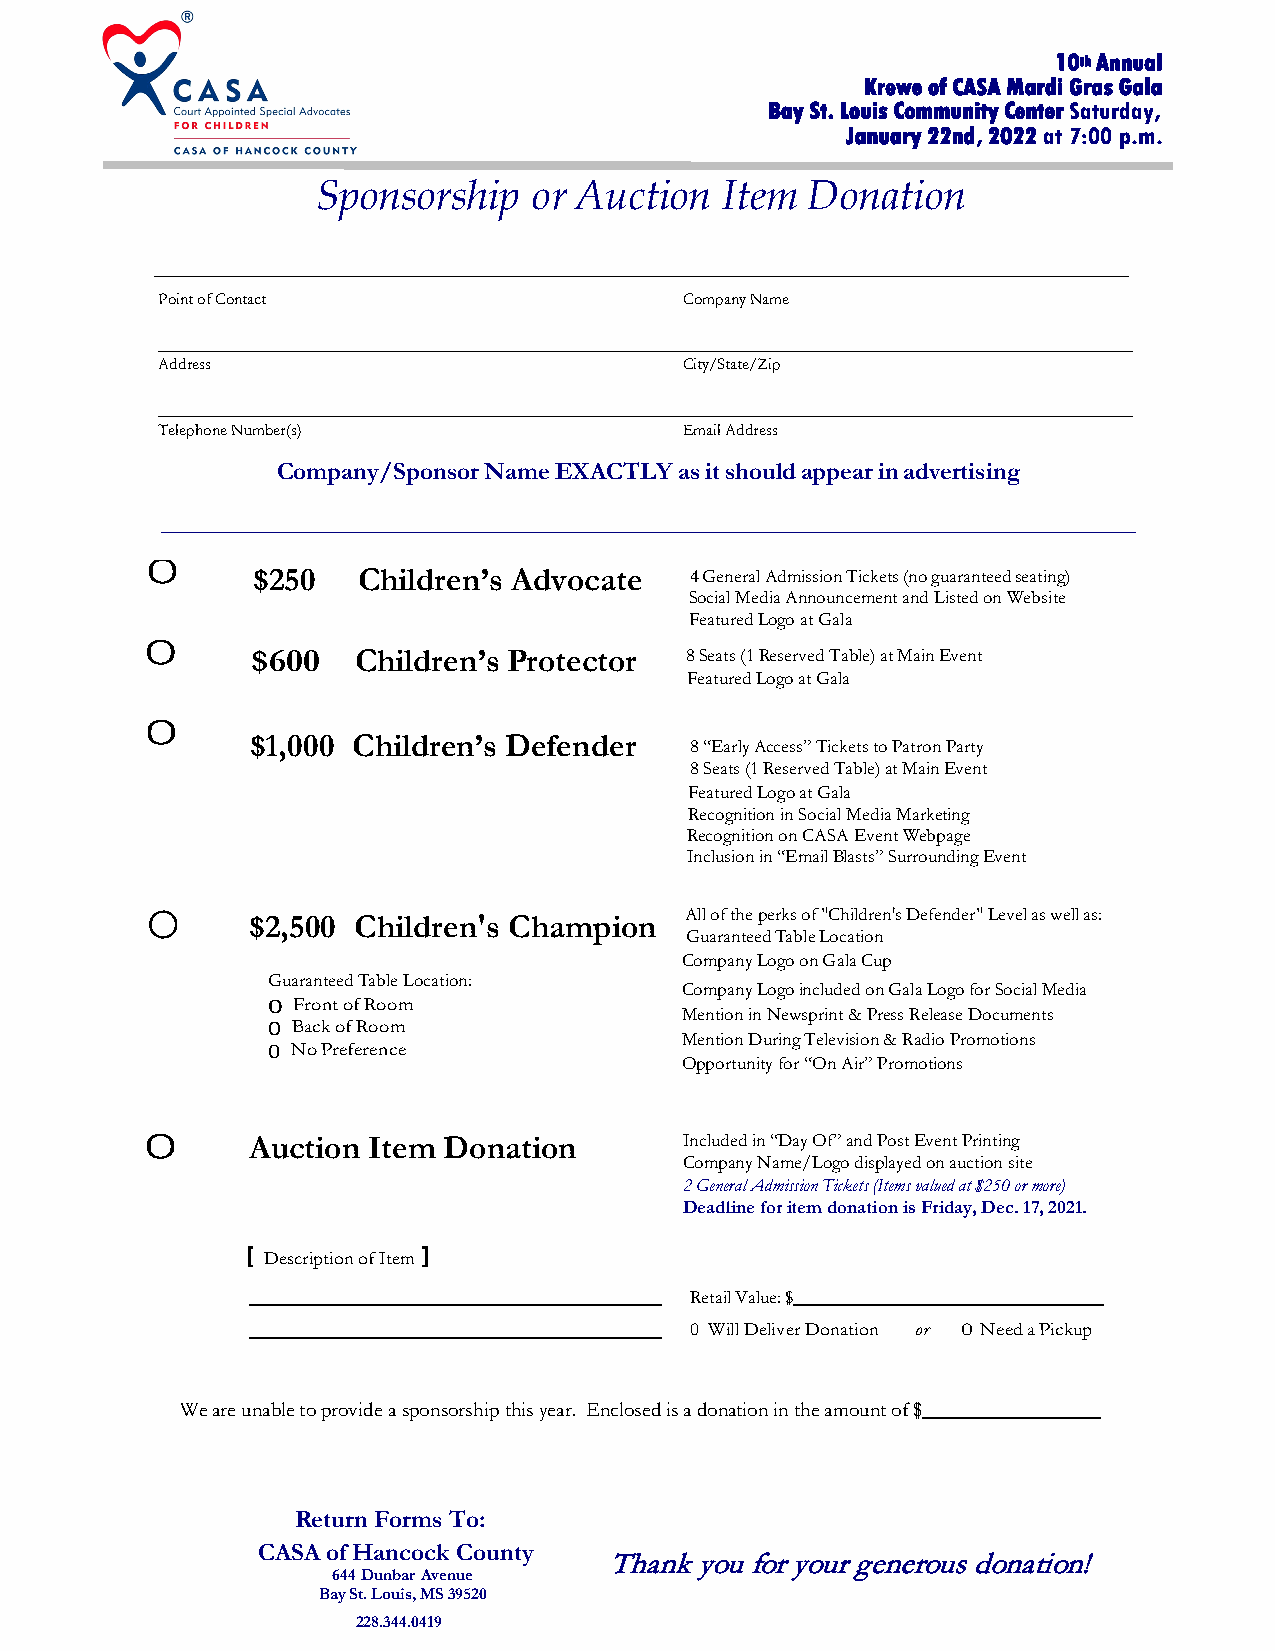
10th Annual
 Krewe of CASA Mardi Gras Gala
 Bay St. Louis Community Center Saturday,
 January 22nd, 2022 at 7:00 p.m.
 Sponsorship   or Auction   Item Donation
 Point of Contact                   Company Name
 Address                            City/State/Zip
 Telephone Number(s)                Email Address
 Company/Sponsor Name EXACTLY as it should appear in advertising
 0
 $250   Children’s Advocate   4 General Admission Tickets (no guaranteed seating)
 Social Media Announcement and Listed on Website
 Featured Logo at Gala
 0
 $600  Children’s Protector  8 Seats (1 Reserved Table) at Main Event
 Featured Logo at Gala
 0
 $1,000 Children’s Defender   8 “Early Access” Tickets to Patron Party
 8 Seats (1 Reserved Table) at Main Event
 Featured Logo at Gala
 Recognition in Social Media Marketing
 Recognition on CASA Event Webpage
 Inclusion in “Email Blasts” Surrounding Event
 O      $2,500 Children's Champion  All of the perks of "Children's Defender" Level as well as:
 Guaranteed Table Location
 Company Logo on Gala Cup
 Guaranteed Table Location:
 Company Logo included on Gala Logo for Social Media
 0 Front of Room            Mention in Newsprint & Press Release Documents
 0 Back of Room
 Mention During Television & Radio Promotions
 0 No Preference
 Opportunity for “On Air” Promotions
 0     Auction Item Donation        Included in “Day Of” and Post Event Printing
 Company Name/Logo displayed on auction site
 2 General Admission Tickets (Items valued at $250 or more)
 Deadline for item donation is Friday, Dec. 17, 2021.
 [ Description of Item ]
 Retail Value: $
 0 Will Deliver Donation or 0 Need a Pickup
 We are unable to provide a sponsorship this year. Enclosed is a donation in the amount of $
 Return Forms To:
 CASA of Hancock County
 Thank you for your generous donation!
 644 Dunbar Avenue
 Bay St. Louis, MS 39520
 228.344.0419